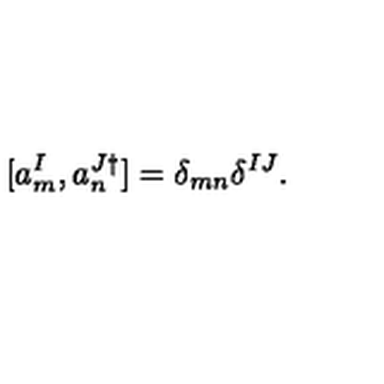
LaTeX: [ a _ { m } ^ { I } , a _ { n } ^ { J \dagger } ] = \delta _ { m n } \delta ^ { I J } .